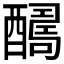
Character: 𨣊